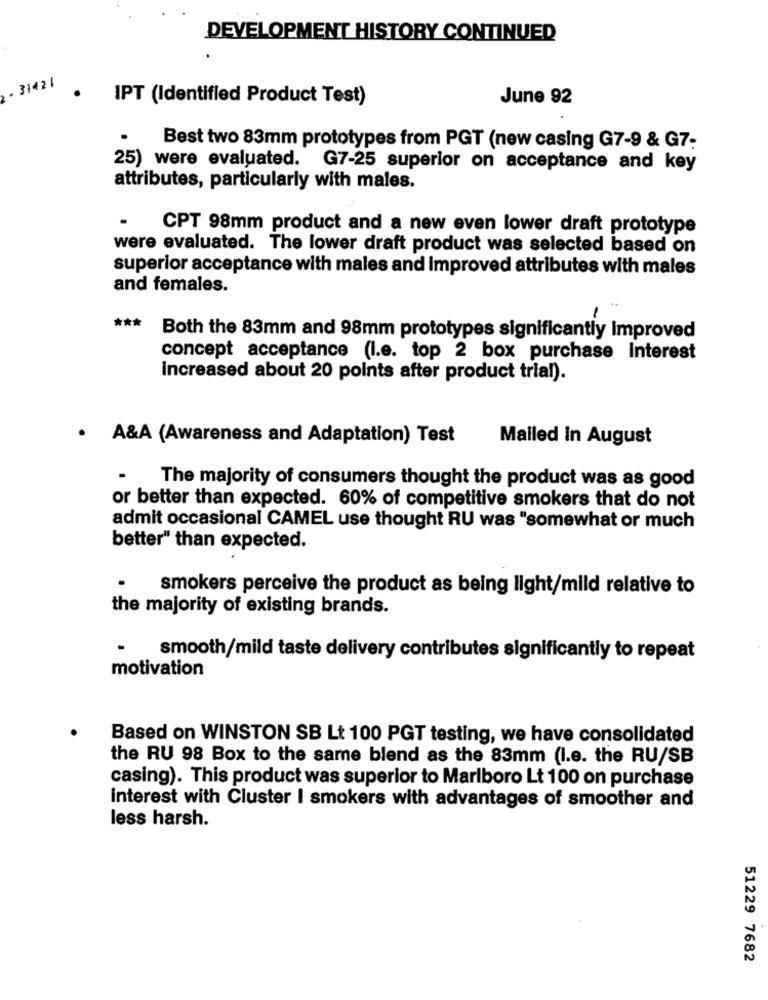
DEVELOPMENT HISTORY CONTINUED
.31421
IPT (Identified Product Test)
June 92
Best two 83mm prototypes from PGT (new casing G7-9 & G7:
25) were evaluated. G7-25 superior on acceptance and key
attributes, particularly with males.
CPT 98mm product and a new even lower draft prototype
were evaluated. The lower draft product was selected based on
superior acceptance with males and improved attributes with males
and females.
***
Both the 83mm and 98mm prototypes significantly improved
concept acceptance (I.e. top 2 box purchase interest
increased about 20 points after product trial).
· A&A (Awareness and Adaptation) Test
Mailed In August
The majority of consumers thought the product was as good
or better than expected. 60% of competitive smokers that do not
admit occasional CAMEL use thought RU was "somewhat or much
better" than expected.
smokers perceive the product as being light/mild relative to
the majority of existing brands.
smooth/mild taste delivery contributes significantly to repeat
motivation
Based on WINSTON SB Lt 100 PGT testing, we have consolidated
the RU 98 Box to the same blend as the 83mm (I.e. the RU/SB
casing). This product was superior to Marlboro Lt 100 on purchase
interest with Cluster I smokers with advantages of smoother and
less harsh.
51229 7682